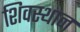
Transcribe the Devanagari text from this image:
शिवस्थान